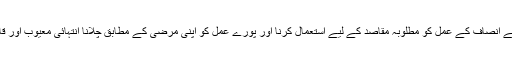
برطانوی قوانین کی رُو سے انصاف کے عمل کو مطلوبہ مقاصد کے لیے استعمال کرنا اور پورے عمل کو اپنی مرضی کے مطابق چلانا انتہائی معیوب اور قابلِ گرفت سمجھا جاتا ہے۔